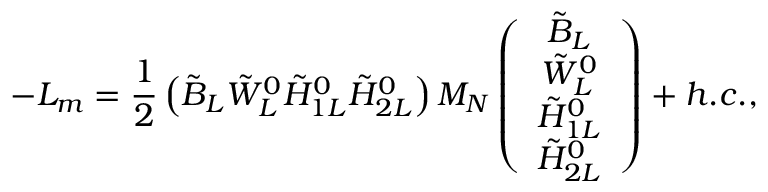
- { \cal L } _ { m } = \frac { 1 } { 2 } \left( \tilde { B } _ { L } \tilde { W } _ { L } ^ { 0 } \tilde { H } _ { 1 L } ^ { 0 } \tilde { H } _ { 2 L } ^ { 0 } \right) M _ { N } \left( \begin{array} { c } { { \tilde { B } _ { L } } } \\ { { \tilde { W } _ { L } ^ { 0 } } } \\ { { \tilde { H } _ { 1 L } ^ { 0 } } } \\ { { \tilde { H } _ { 2 L } ^ { 0 } } } \end{array} \right) + h . c . ,